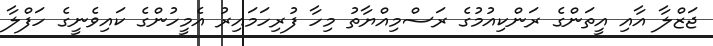
ޖަޒްލާ އާއި އީތަންގެ ރަންކިއުމުގެ ރަސްމިއްޔާތު މިހާ ފުރިހަމައިރު އެމީހުންގެ ކައިވެނީގެ ހަފްލާ